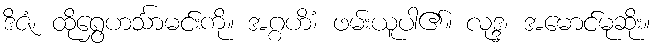
ဒိဇံ၊ ထိုရွှေဟင်္သာမင်းကို။ အဂ္ဂဟိံ၊ ဖမ်းယူပါ၏။ လုဒ္ဒ၊ အမောင်မုဆိုး။